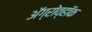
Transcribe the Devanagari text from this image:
ॲग्रोव्हॉक